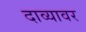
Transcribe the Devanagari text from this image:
दाव्यावर